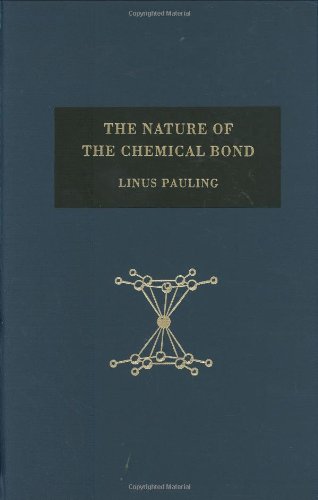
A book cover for The Nature of the Chemical Bond and the Structure of Molecules and Crystals: An Introduction to Modern Structural Chemistry; Linus Pauling; Science & Math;